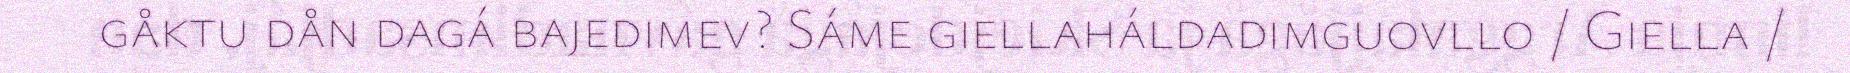
gåktu dån dagá bajedimev? Sáme giellaháldadimguovllo / Giella /